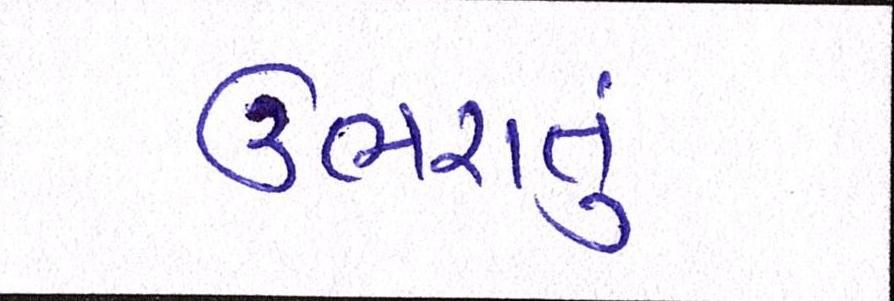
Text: ઉભરાતું